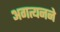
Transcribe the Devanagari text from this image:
अगत्यनने